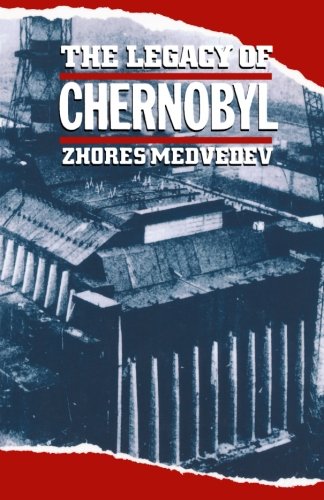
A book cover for The Legacy of Chernobyl; Zhores Medvedev; Science & Math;